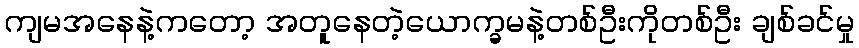
ကျမအနေနဲ့ကတော့ အတူနေတဲ့ယောက္ခမနဲ့တစ်ဦးကိုတစ်ဦး ချစ်ခင်မှု